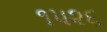
૧૫૨૬